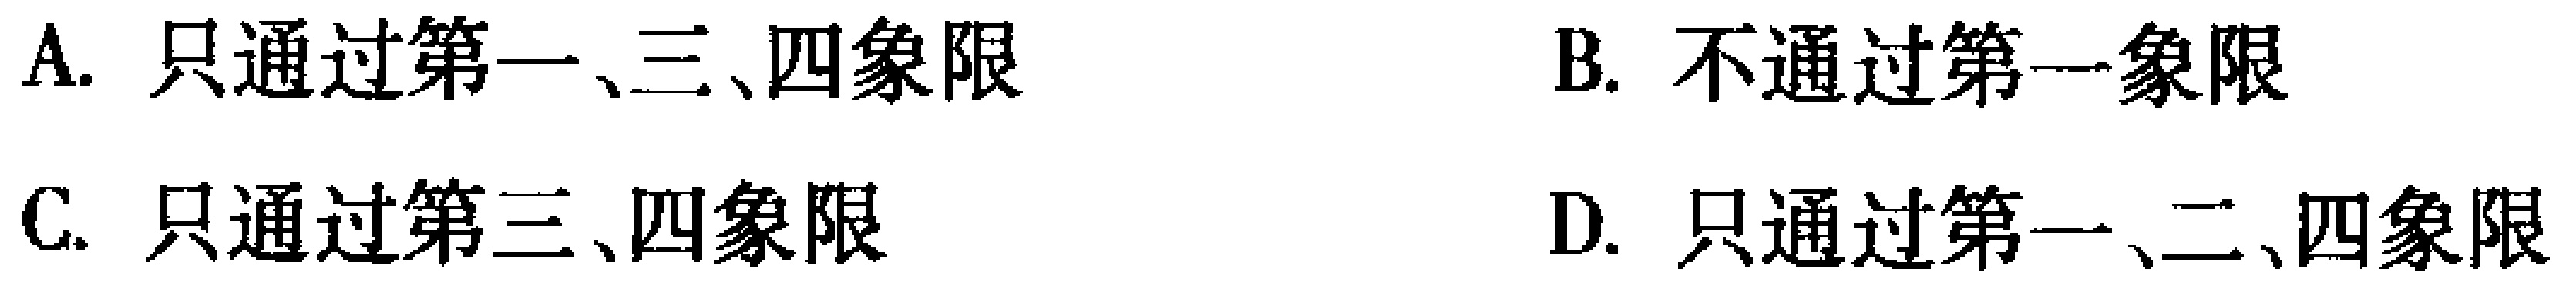
A. 只通过第一、三、四象限
B. 不通过第一象限
C. 只通过第三、四象限
D. 只通过第一、二、四象限